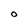
Character: O